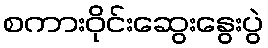
စကားဝိုင်းဆွေးနွေးပွဲ